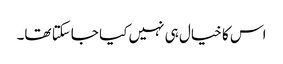
اس کا خیال ہی نہیں کیا جاسکتا تھا۔